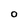
Character: O